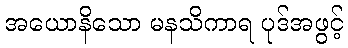
အယောနိသော မနသိကာရ ပုဒ်အဖွင့်